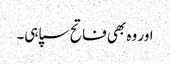
اور وہ بھی فاتح سپاہی۔